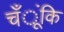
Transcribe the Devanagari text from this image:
चँूंकि